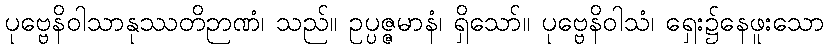
ပုဗ္ဗေနိဝါသာနုဿတိဉာဏံ၊ သည်။ ဥပ္ပဇ္ဇမာနံ၊ ရှိသော်။ ပုဗ္ဗေနိဝါသံ၊ ရှေး၌နေဖူးသော